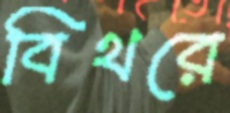
বিথরে